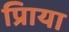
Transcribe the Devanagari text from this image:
प्रिाया